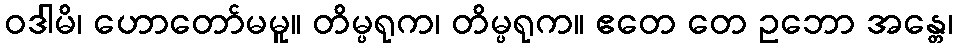
ဝဒါမိ၊ ဟောတော်မမူ။ တိမ္ပရုက၊ တိမ္ပရုက။ ဧတေ တေ ဥဘော အန္တေ၊